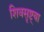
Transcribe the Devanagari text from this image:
शिवसृष्ट्या